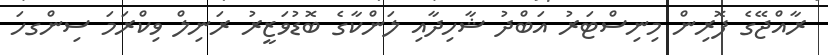
ރާއްޖޭގެ ފޮރިން މިނިސްޓަރު އަބްދު ޝާހިދާއި ލަންކާގެ ބޮޑުވަޒީރު ރަނިލް ވިކްރަމަ ސިންގހަ